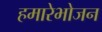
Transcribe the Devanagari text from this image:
हमारेभोजन